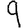
Digit: 9